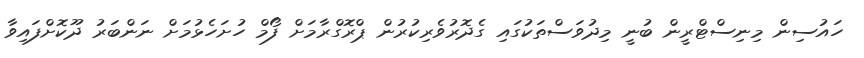
ހައުސިން މިނިސްޓްރީން ބުނީ މިދުވަސްތަކުގައި ގެދޮރުވެރިކުރުން ޕްރޮގްރާމަށް ފޯމް ހުށަހެޅުމަށް ނަންބަރު ދޫކޮށްފައިވާ